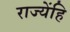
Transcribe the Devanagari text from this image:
राज्येंहि